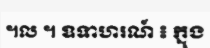
។ល ។ ឧទាហរណ៍ ៖ ក្នុង